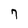
Character: 7